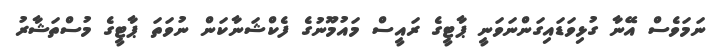
ނަމަވެސް އޭނާ ގުޅިވަޑައިގަންނަވަނީ ޕާޓީގެ ރައީސް މައުމޫނުގެ ފެކްޝަނާކަން ނުވަތަ ޕާޓީގެ މުސްތަޝާރު